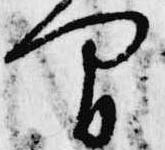
間